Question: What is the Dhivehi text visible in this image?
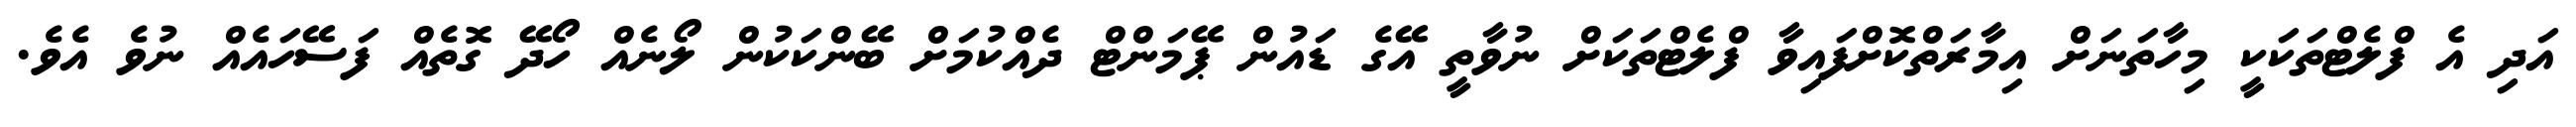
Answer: އަދި އެ ފްލެޓްތަކަކީ މިހާތަނަށް އިމާރަތްކޮށްފައިވާ ފްލެޓްތަކަށް ނުވާތީ އޭގެ ޑައުން ޕޭމަންޓް ދެއްކުމަށް ބޭންކަކުން ލޯނެއް ހޯދޭ ގޮތެއް ފަސޭހައެއް ނުވެ އެވެ.